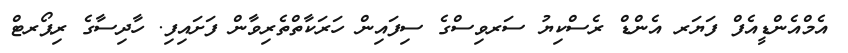
އެމްއެންޑީއެފް ފަޔަރ އެންޑް ރެސްކިޔު ސަރވިސްގެ ސިފައިން ހަރަކާތްތެރިވާން ފަށައިފި. ހާދިސާގެ ރިޕޯރޓް